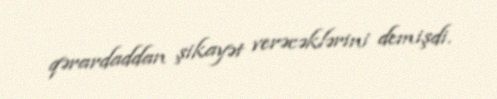
qərardaddan şikayət verəcəklərini demişdi.